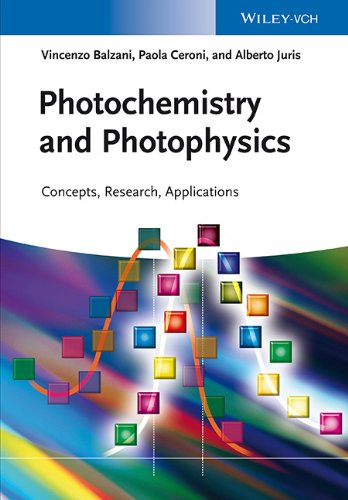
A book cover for Photochemistry and Photophysics: Concepts, Research, Applications; Vincenzo Balzani; Science & Math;